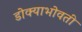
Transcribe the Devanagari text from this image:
डोक्याभोवती